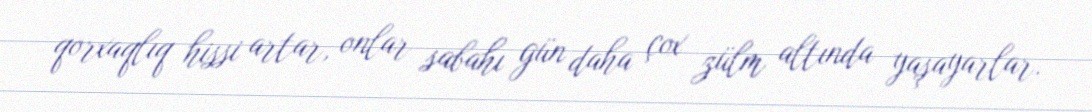
qorxaqlıq hissi artar, onlar sabahı gün daha çox zülm altında yaşayarlar.